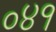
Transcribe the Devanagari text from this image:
०४१